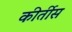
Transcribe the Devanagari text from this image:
कीर्तीस